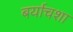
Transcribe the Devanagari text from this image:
बर्याचशा